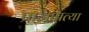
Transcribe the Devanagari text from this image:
प्राजापत्या